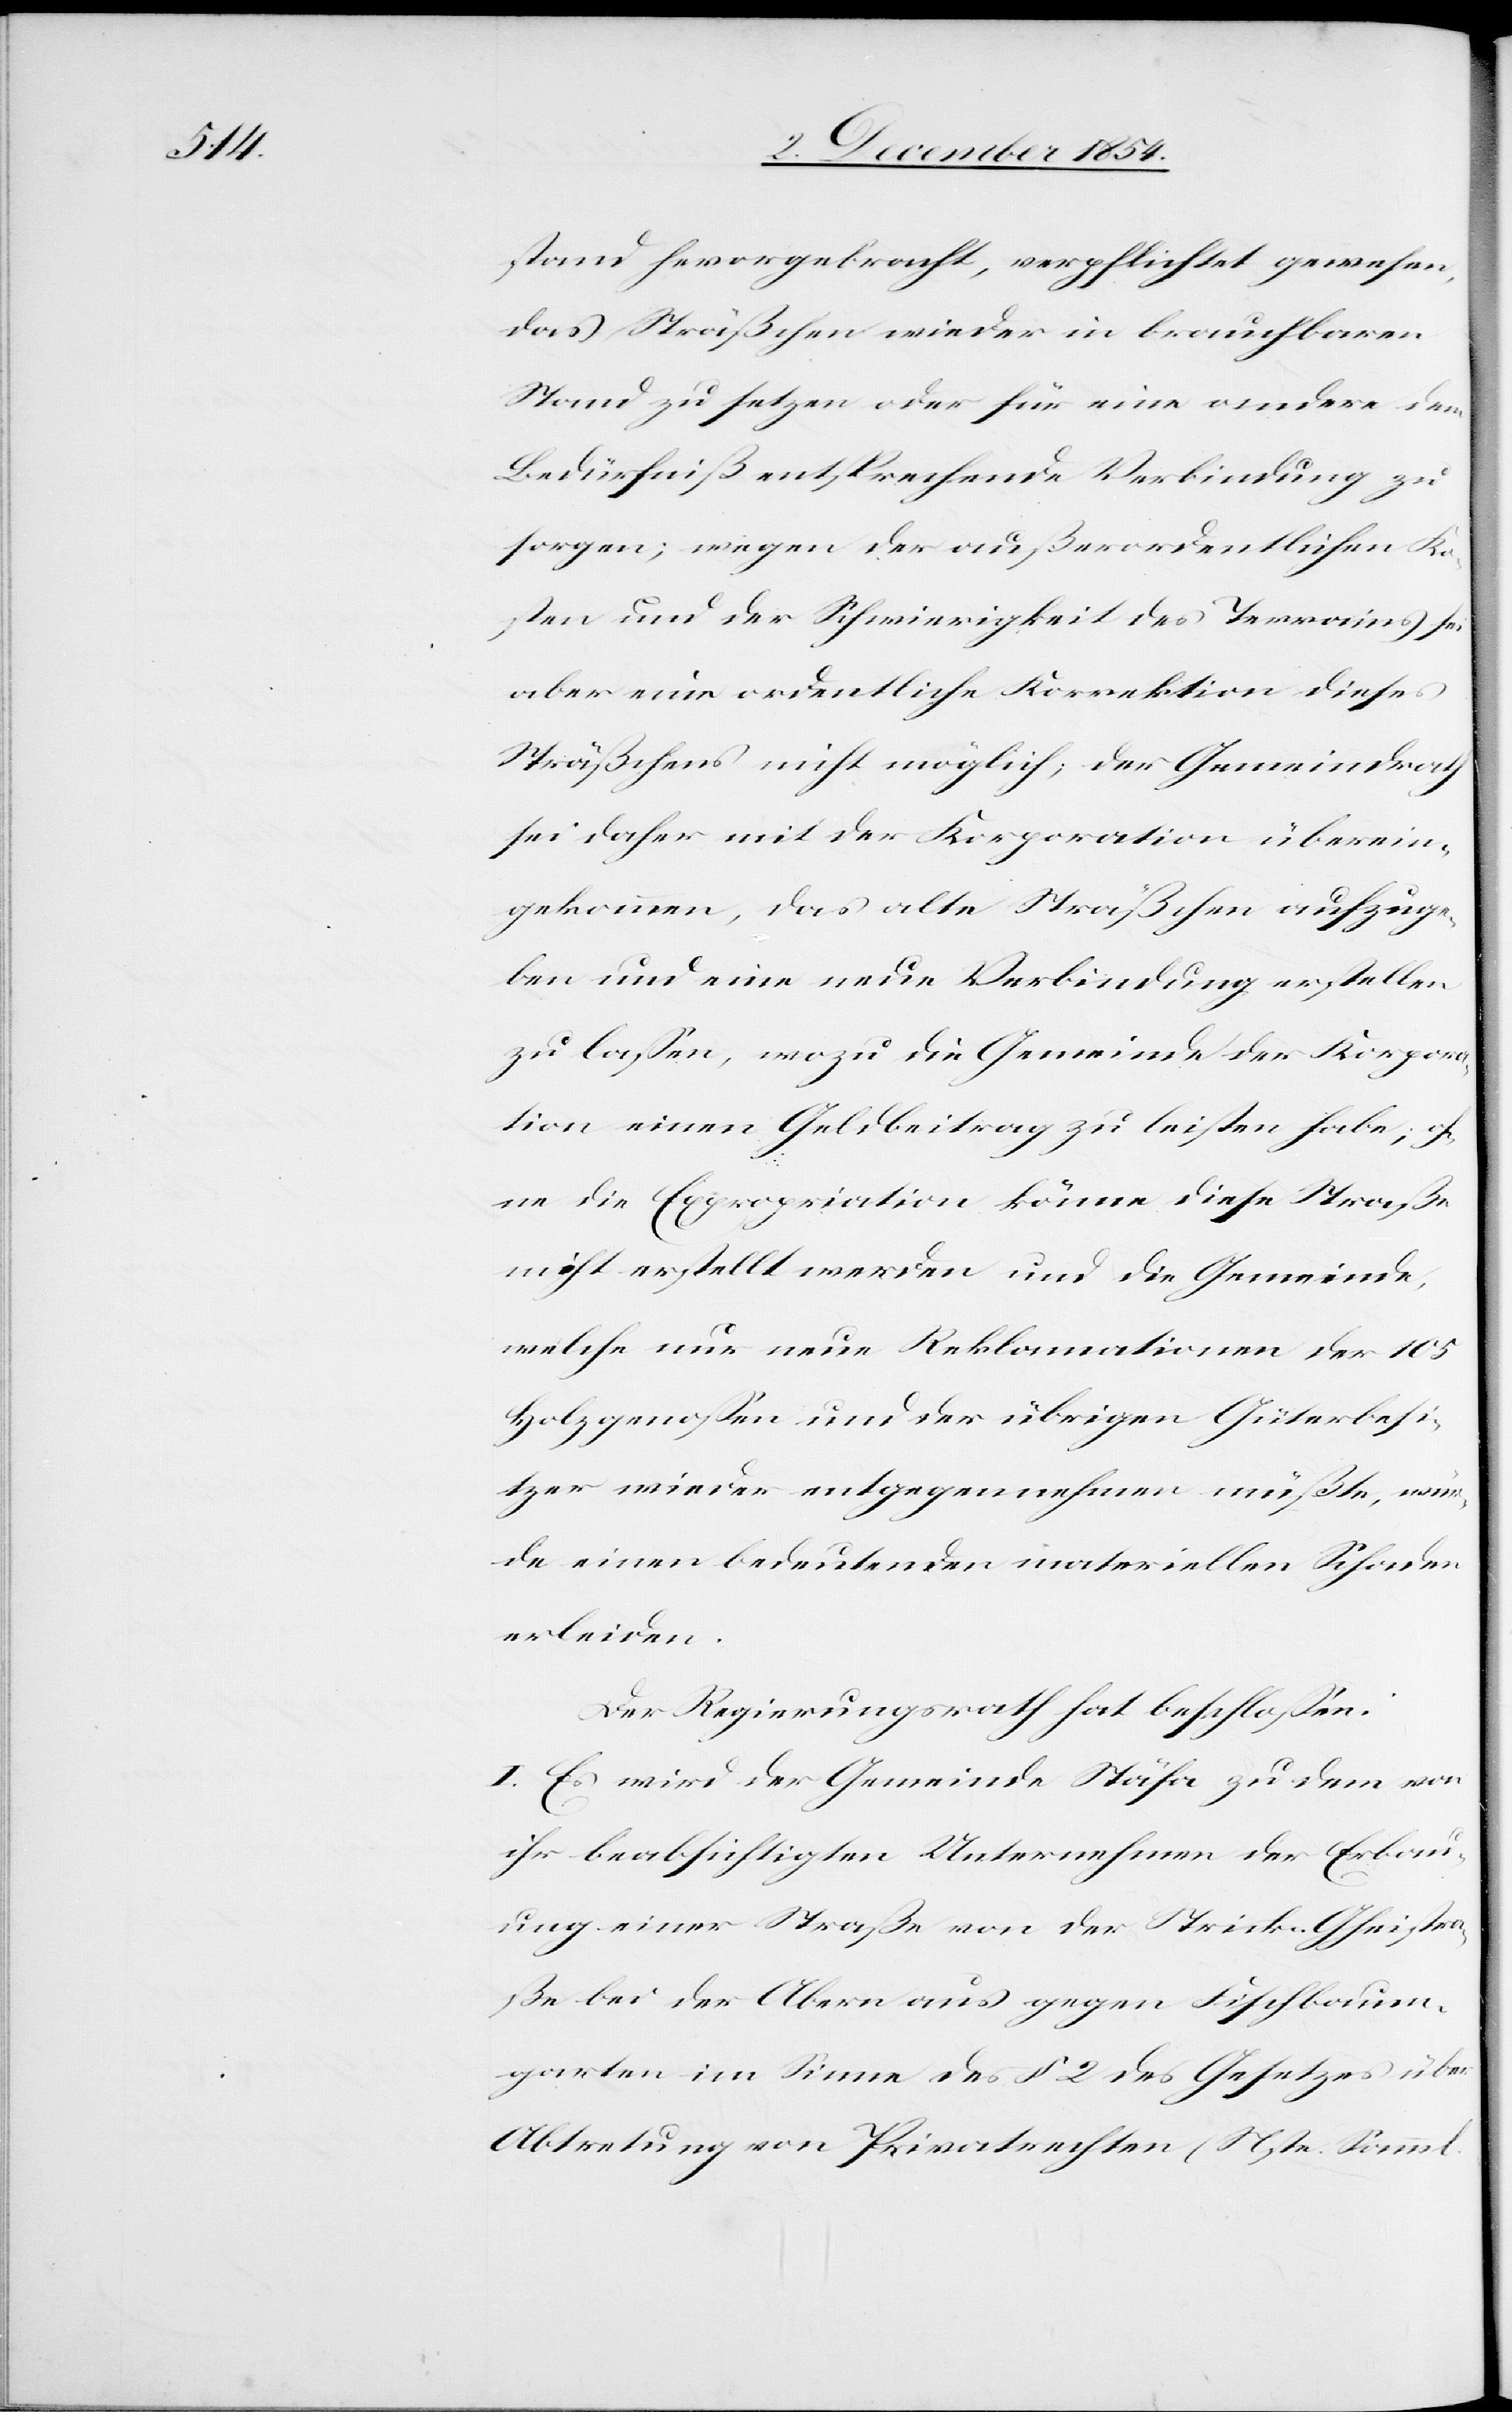
stand hervorgebracht, verpflichtet gewesen,
das Sträßchen wieder in brauchbaren
Stand zu setzen oder für eine andere dem
Bedürfniß entsprechende Verbindung zu
sorgen; wegen der außerordentlichen Ko¬
sten und der Schwierigkeit des Terrains sei
aber eine ordentliche Korrektion dieses
Sträßchens nicht möglich; der Gemeindrath
sei daher mit der Korporation überein¬
gekommen, das alte Sträßchen aufzuge¬
ben und eine neue Verbindung erstellen
zu laßen, wozu die Gemeinde der Korpor¬
ation einen Geldbeitrag zu leisten habe; oh¬
ne die Expropriation könne diese Straße
nicht erstellt werden und die Gemeinde,
welche nur neue Reklamationen der 105
Holzgenoßen und der übrigen Güterbesi¬
tzer wieder entgegennehmen müßte, wür¬
de einen bedeutenden materiellen Schaden
erleiden.
Der Regierungsrath hat beschloßen:
I. Es wird der Gemeinde Stäfa zu dem von
ihr beabsichtigten Unternehmen der Erbau¬
ung einer Straße von der Strick-Gheistra¬
ße bei der Albern aus gegen Fischbaum¬
garten im Sinne des § 2 des Gesetzes über
Abtretung von Privatrechten (Nste. Samml.